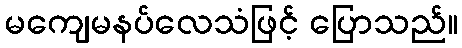
မကျေမနပ်လေသံဖြင့် ပြောသည်။